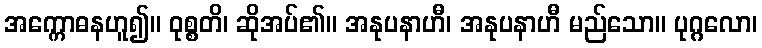
အက္ကောဓနဟူ၍။ ဝုစ္စတိ၊ ဆိုအပ်၏။ အနုပနာဟီ၊ အနုပနာဟီ မည်သော။ ပုဂ္ဂလော၊